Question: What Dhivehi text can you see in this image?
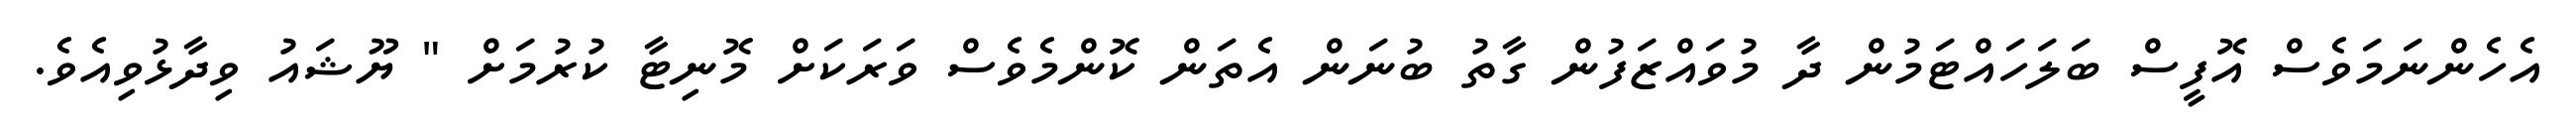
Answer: އެހެންނަމަވެސް އޮފީސް ބަލަހައްޓަމުން ދާ މުވައްޒަފުން ގާތު ބުނަން އެތަން ކޮންމެވެސް ވަރަކަށް މޮނިޓާ ކުރުމަށް " ޔޫޝައު ވިދާޅުވިއެވެ.